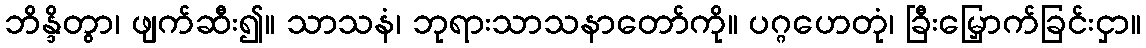
ဘိန္ဒိတွာ၊ ဖျက်ဆီး၍။ သာသနံ၊ ဘုရားသာသနာတော်ကို။ ပဂ္ဂဟေတုံ၊ ခြီးမြှောက်ခြင်းငှာ။